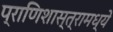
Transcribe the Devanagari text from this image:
प्राणिशास्त्रामध्ये